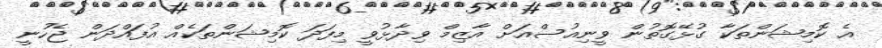
އެ ކޮމިޝަންތަކާ ގުޅޭގޮތުން ވީނިއުސްއަށް އާޒިމް ވިދާޅުވީ މިފަދަ ކޮމިޝަންތަކެއް އުފައްދަން ޖެހުނީ